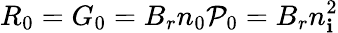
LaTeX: R_{0}=G_{0}=B_{r}n_{0}\mathcal{P}_{0}=B_{r}n_{\mathbf{i}}^{2}